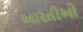
આરતીઓ